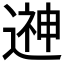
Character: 𨕫